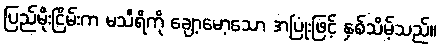
ပြည်မိုးငြိမ်းက မသီရိကို ချော့မော့သော အပြုံးဖြင့် နှစ်သိမ့်သည်။